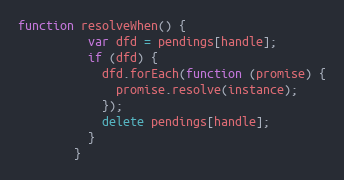
Language: JavaScript
function resolveWhen() {
          var dfd = pendings[handle];
          if (dfd) {
            dfd.forEach(function (promise) {
              promise.resolve(instance);
            });
            delete pendings[handle];
          }
        }